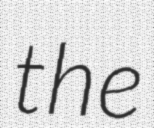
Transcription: the